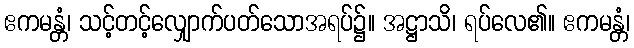
ဧကမန္တံ၊ သင့်တင့်လျှောက်ပတ်သောအရပ်၌။ အဋ္ဌာသိ၊ ရပ်လေ၏။ ဧကမန္တံ၊